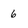
Character: 6